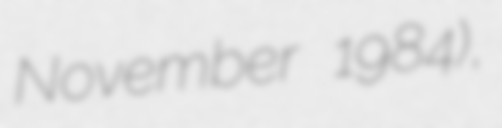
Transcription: November 1984),